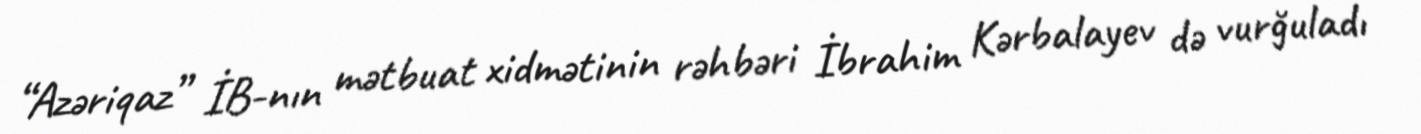
“Azəriqaz” İB-nın mətbuat xidmətinin rəhbəri İbrahim Kərbalayev də vurğuladı